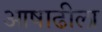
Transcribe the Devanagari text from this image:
आषाढीला